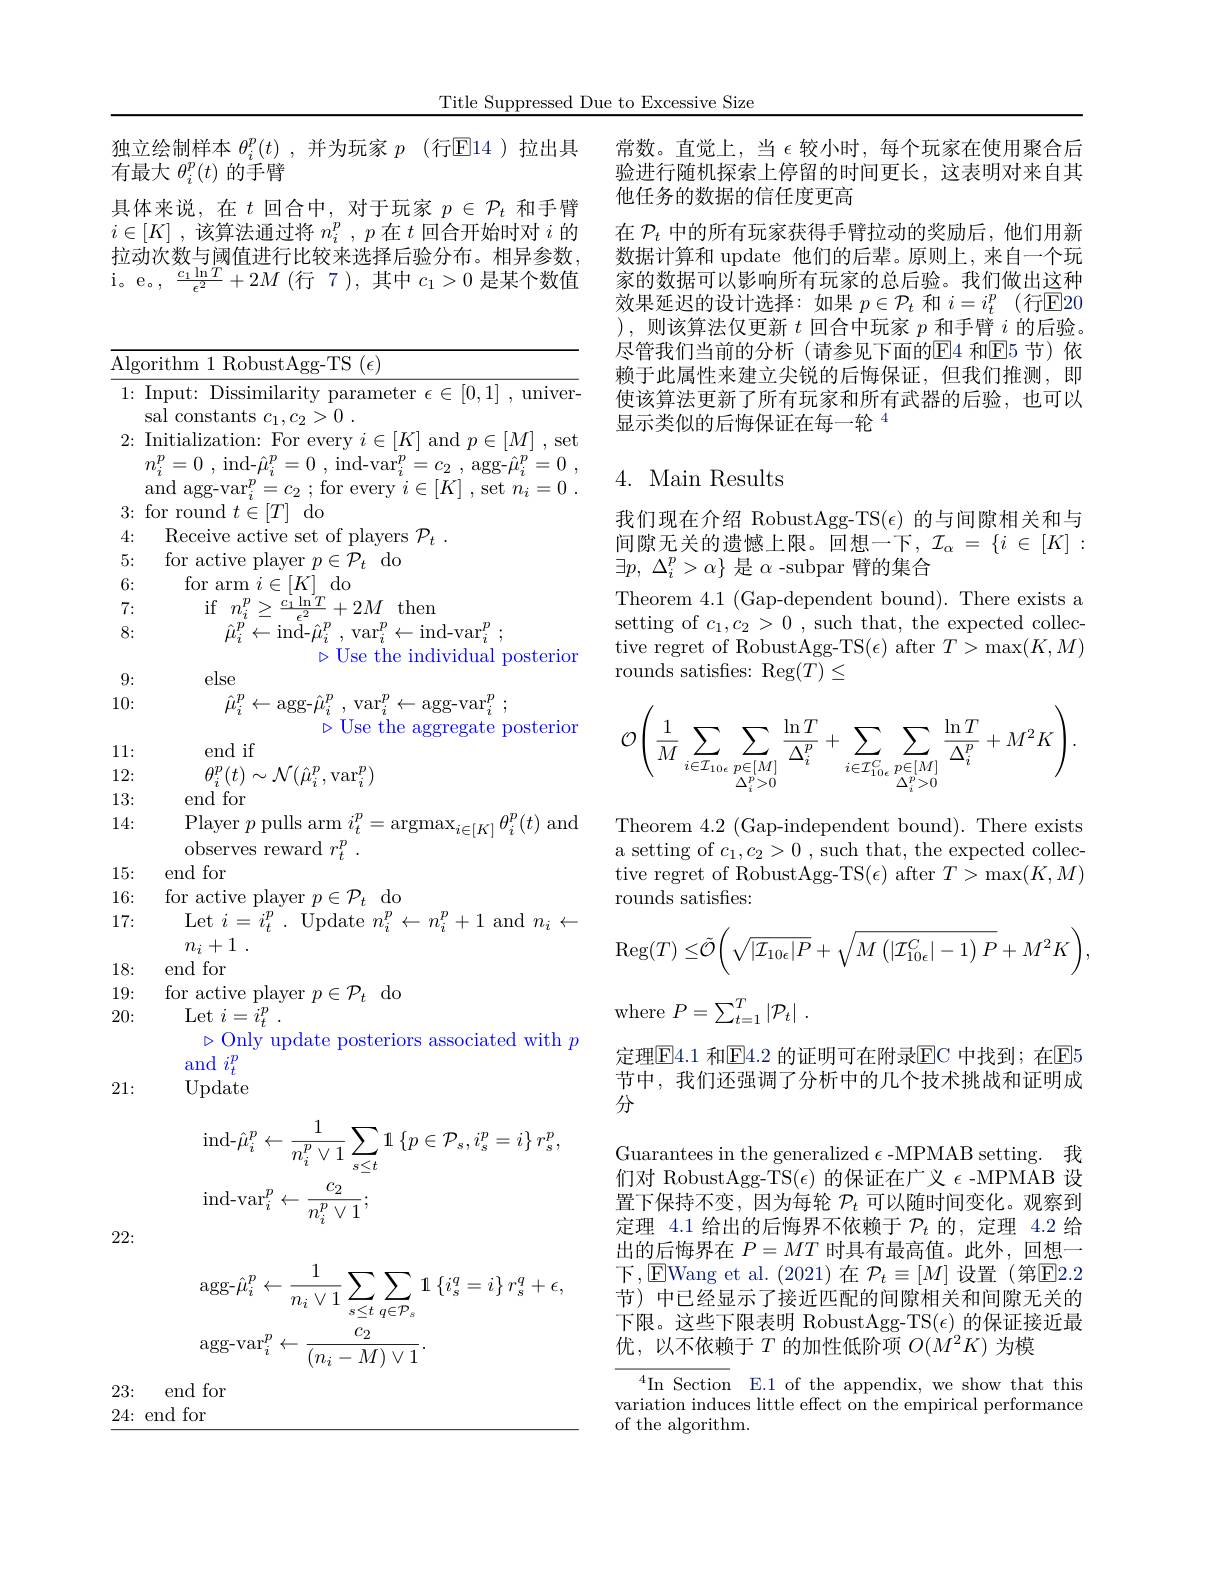
Title Suppressed Due to Excessive Size

独立绘制样本$\theta _i^p( t)$ ,并为玩家$p$ (行$\mathbb{E}$14 )拉出具
有最大$\theta_i^p(t)$的手臂
具体来说，在$t$回合中，对于玩家$p\in\mathcal{P}_t$和手臂$i\in [ K]$ ,该算法通过将$n_i^p,p$在$t$回合开始时对$i$的拉动次数与阈值进行比较来选择后验分布。相异参数， $\begin{array}{l}{\mathrm{i。e。,~\frac{c_{1}\ln T}{\epsilon^{2}}+2M~(\text{行}~7~),~其中~c_{1}>0~是某个数值}}\\{\mathrm{i。e。,~\frac{c_{1}\ln T}{\epsilon^{2}}+2M~(\text{行}~7~),~其中~c_{1}>0~是某个数值}}\end{array}$

Algorithm 1 RobustAgg-TS $(\epsilon)$
1{:} Input: Dissimilarity parameter $\epsilon\in[0,1]{,}$ univer-
sal constants $c_1, c_2> 0$ .
2{:} Initialization: For every $i\in[K]$ and $p\in[M]$ ,set
$n_{i}^{p}= 0$ , ind- $\hat{\mu } _{i}^{p}= 0$ , $\mathrm{ind- var}_{i}^{p}= c_{2}$ , agg- $\hat{\mu } _{i}^{p}= 0$ , and agg-var$_i^p=c_2$ ; for every $i\in[K]$ , set $n_i= 0$ .
3{:} for round $t\in[T]$ do
4:
Receive active set of players $\mathcal{P} _t$ .
5:
for active player $p\in\mathcal{P}_t$ do
6:
for arm $i\in[K]_{T}$do
7:
${\mathrm{if}}$ $n_{i}^{p}\geq {\frac {c_{1}\ln T}{\epsilon ^{2}}}+ 2M{}{}{}$then
8:
$\hat{\mu } _{i}^{p}\leftarrow$ind- $\hat{\mu } _{i}^{p}$ , $\mathrm{var}_{i}^{p}\leftarrow$ind-var$_i^{p}$ ;
$\triangleright$ Use the individual posterior
else
9: 10:
$\hat{\mu}_{i}^{p}\leftarrow$agg-$\hat{\mu } _i^{p}$ ,var$_i^p\leftarrow$agg-var$_i^{p}$ ;
$\triangleright$ Use the aggregate posterior
end if
11: 12:
$\theta _{i}^{p}( t) \sim \mathcal{N} ( \hat{\mu } _{i}^{p}, \mathrm{var}_{i}^{p})$
13:
end for
Player $p$ pulls arm $i_t^p=\operatorname{argmax}_{i\in[K]}\theta_i^p(t)$ and
14:
observes reward $r_t^p$
15: end for
16:
for active player $p\in\mathcal{P}_t$ do
17:
Let$i=i_{t}^{p}.$Update$n_i^{p}\leftarrow n_{i}^{p}+1$and$n_{i}\leftarrow$
$n_i+ 1$ .
18: end for
19:
for active player $p\in\mathcal{P}_t$ do
20:
$\operatorname { Let} i= i_{t}^{p}$ .
$\triangleright$Only update posteriors associated with $p$
$\operatorname{and}i_t^p$
21:
Update
$$\begin{aligned}&\mathrm{ind-}\hat{\mu}_{i}^{p}\leftarrow\frac{1}{n_{i}^{p}\vee1}\sum_{s\leq t}\mathbf{1}\left\{p\in\mathcal{P}_{s},i_{s}^{p}=i\right\}r_{s}^{p},\\&\mathrm{ind-var}_{i}^{p}\leftarrow\frac{c_{2}}{n_{i}^{p}\vee1};\end{aligned}$$
222:
$$\begin{aligned}&\mathrm{agg-}\hat{\mu}_{i}^{p}\leftarrow\frac{1}{n_{i}\vee1}\sum_{s\leq t}\sum_{q\in\mathcal{P}_{s}}1\:\{i_{s}^{q}=i\}\:r_{s}^{q}+\epsilon,\\&\mathrm{agg-var}_{i}^{p}\leftarrow\frac{c_{2}}{(n_{i}-M)\vee1}.\end{aligned}$$
23: end for
24{:}end for

常数。直觉上，当$\epsilon$较小时，每个玩家在使用聚合后验进行随机探索上停留的时间更长，这表明对来自其他任务的数据的信任度更高
在$\mathcal{P}_t$中的所有玩家获得手臂拉动的奖励后，他们用新数据计算和 update 他们的后辈。原则上，来自一个玩家的数据可以影响所有玩家的总后验。我们做出这种效果延迟的设计选择：如果$p\in\mathcal{P}_t$ 和 $i=i_t^p$(行$\mathbb{E}$20 ),则该算法仅更新$t$回合中玩家$p$和手臂$i$的后验。尽管我们当前的分析(请参见下面的$\underline{\mathrm{E}}$4 和E5 节)依赖于此属性来建立尖锐的后悔保证，但我们推测，即使该算法更新了所有玩家和所有武器的后验，也可以显示类似的后悔保证在每一轮$^{4}$

## 4. Main Results

我们现在介绍 RobustAgg-TS$(\epsilon)$的与间隙相关和与间隙无关的遗憾上限。回想一下，$\mathcal{I}_\alpha=\{i\in[K]:$ $\exists p$, $\Delta _i^p> \alpha \}$是$\alpha$ -subpar 臂的集合
Theorem $4. 1\allowbreak ( {\mathrm{mod}} $Gap- dependent bound). There exists a setting of $c_1,c_2>0$ , such that, the expected collective regret of RobustAgg-TS$(\epsilon)$ after $T>\max(K,M)$ rounds satisfes: Reg$(T)\leq$
$$\mathcal{O}\left(\dfrac{1}{M}\sum\limits_{\substack{i\in\mathcal{I}_{10\epsilon}}}\sum\limits_{\substack{p\in[M]}{\Delta_i^p>0}}\dfrac{\ln T}{\Delta_i^p}+\sum\limits_{\substack{i\in\mathcal{I}_{10\epsilon}^C}}\sum\limits_{\substack{p\in[M]}{\Delta_i^p>0}}\dfrac{\ln T}{\Delta_i^p}+M^2K\right).$$
Theorem 4.2 (Gap-independent bound). There exists a setting of $c_1,c_2>0$ , such that, the expected collective regret of RobustAgg-TS$(\epsilon)$ after $T>\max(K,M)$ rounds satisfes:
$$\mathrm{Reg}(T)\leq\tilde{\mathcal{O}}\Bigg(\sqrt{|\mathcal{I}_{10\epsilon}|P}+\sqrt{M\left(|\mathcal{I}_{10\epsilon}^C|-1\right)P}+M^2K\Bigg),$$
where $P=\sum_t=1^T\left|\mathcal{P}_t\right|.$
定理$\boxed{\mathrm{F}}4.1$ 和$\boxed{\mathrm{E}}4.2$ 的证明可在附录$\boxed{\mathrm{E}}$C 中找到；在$\boxed{\mathrm{F}}5$ 节中，我们还强调了分析中的几个技术挑战和证明成分
Guarantees in the generalized $\epsilon$-MPMAB setting. 我们对 RobustAgg-TS$(\epsilon)$的保证在广义$\epsilon$ -MPMAB 设置下保持不变，因为每轮$\mathcal{P}_t$可以随时间变化。观察到定理 4.1 给出的后悔界不依赖于$\mathcal{P}_t$的，定理 4.2 给出的后悔界在$P=MT$时具有最高值。此外，回想一下，EWang et al.(2021)在$\mathcal{P}_t\equiv[M]$设置(第$\mathbb{E}2.2$ 节) 中已经显示了接近匹配的间隙相关和间隙无关的下限。这些下限表明 RobustAgg-TS($\epsilon)$的保证接近最优，以不依赖于$T$的加性低阶项 $O(M^2K)$ 为模

$^{4}$In Section E.1 of the appendix, we show that this variation induces little effect on the empirical performance of the algorithm.